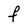
Character: f